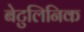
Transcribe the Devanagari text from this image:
बेटुलिनिक